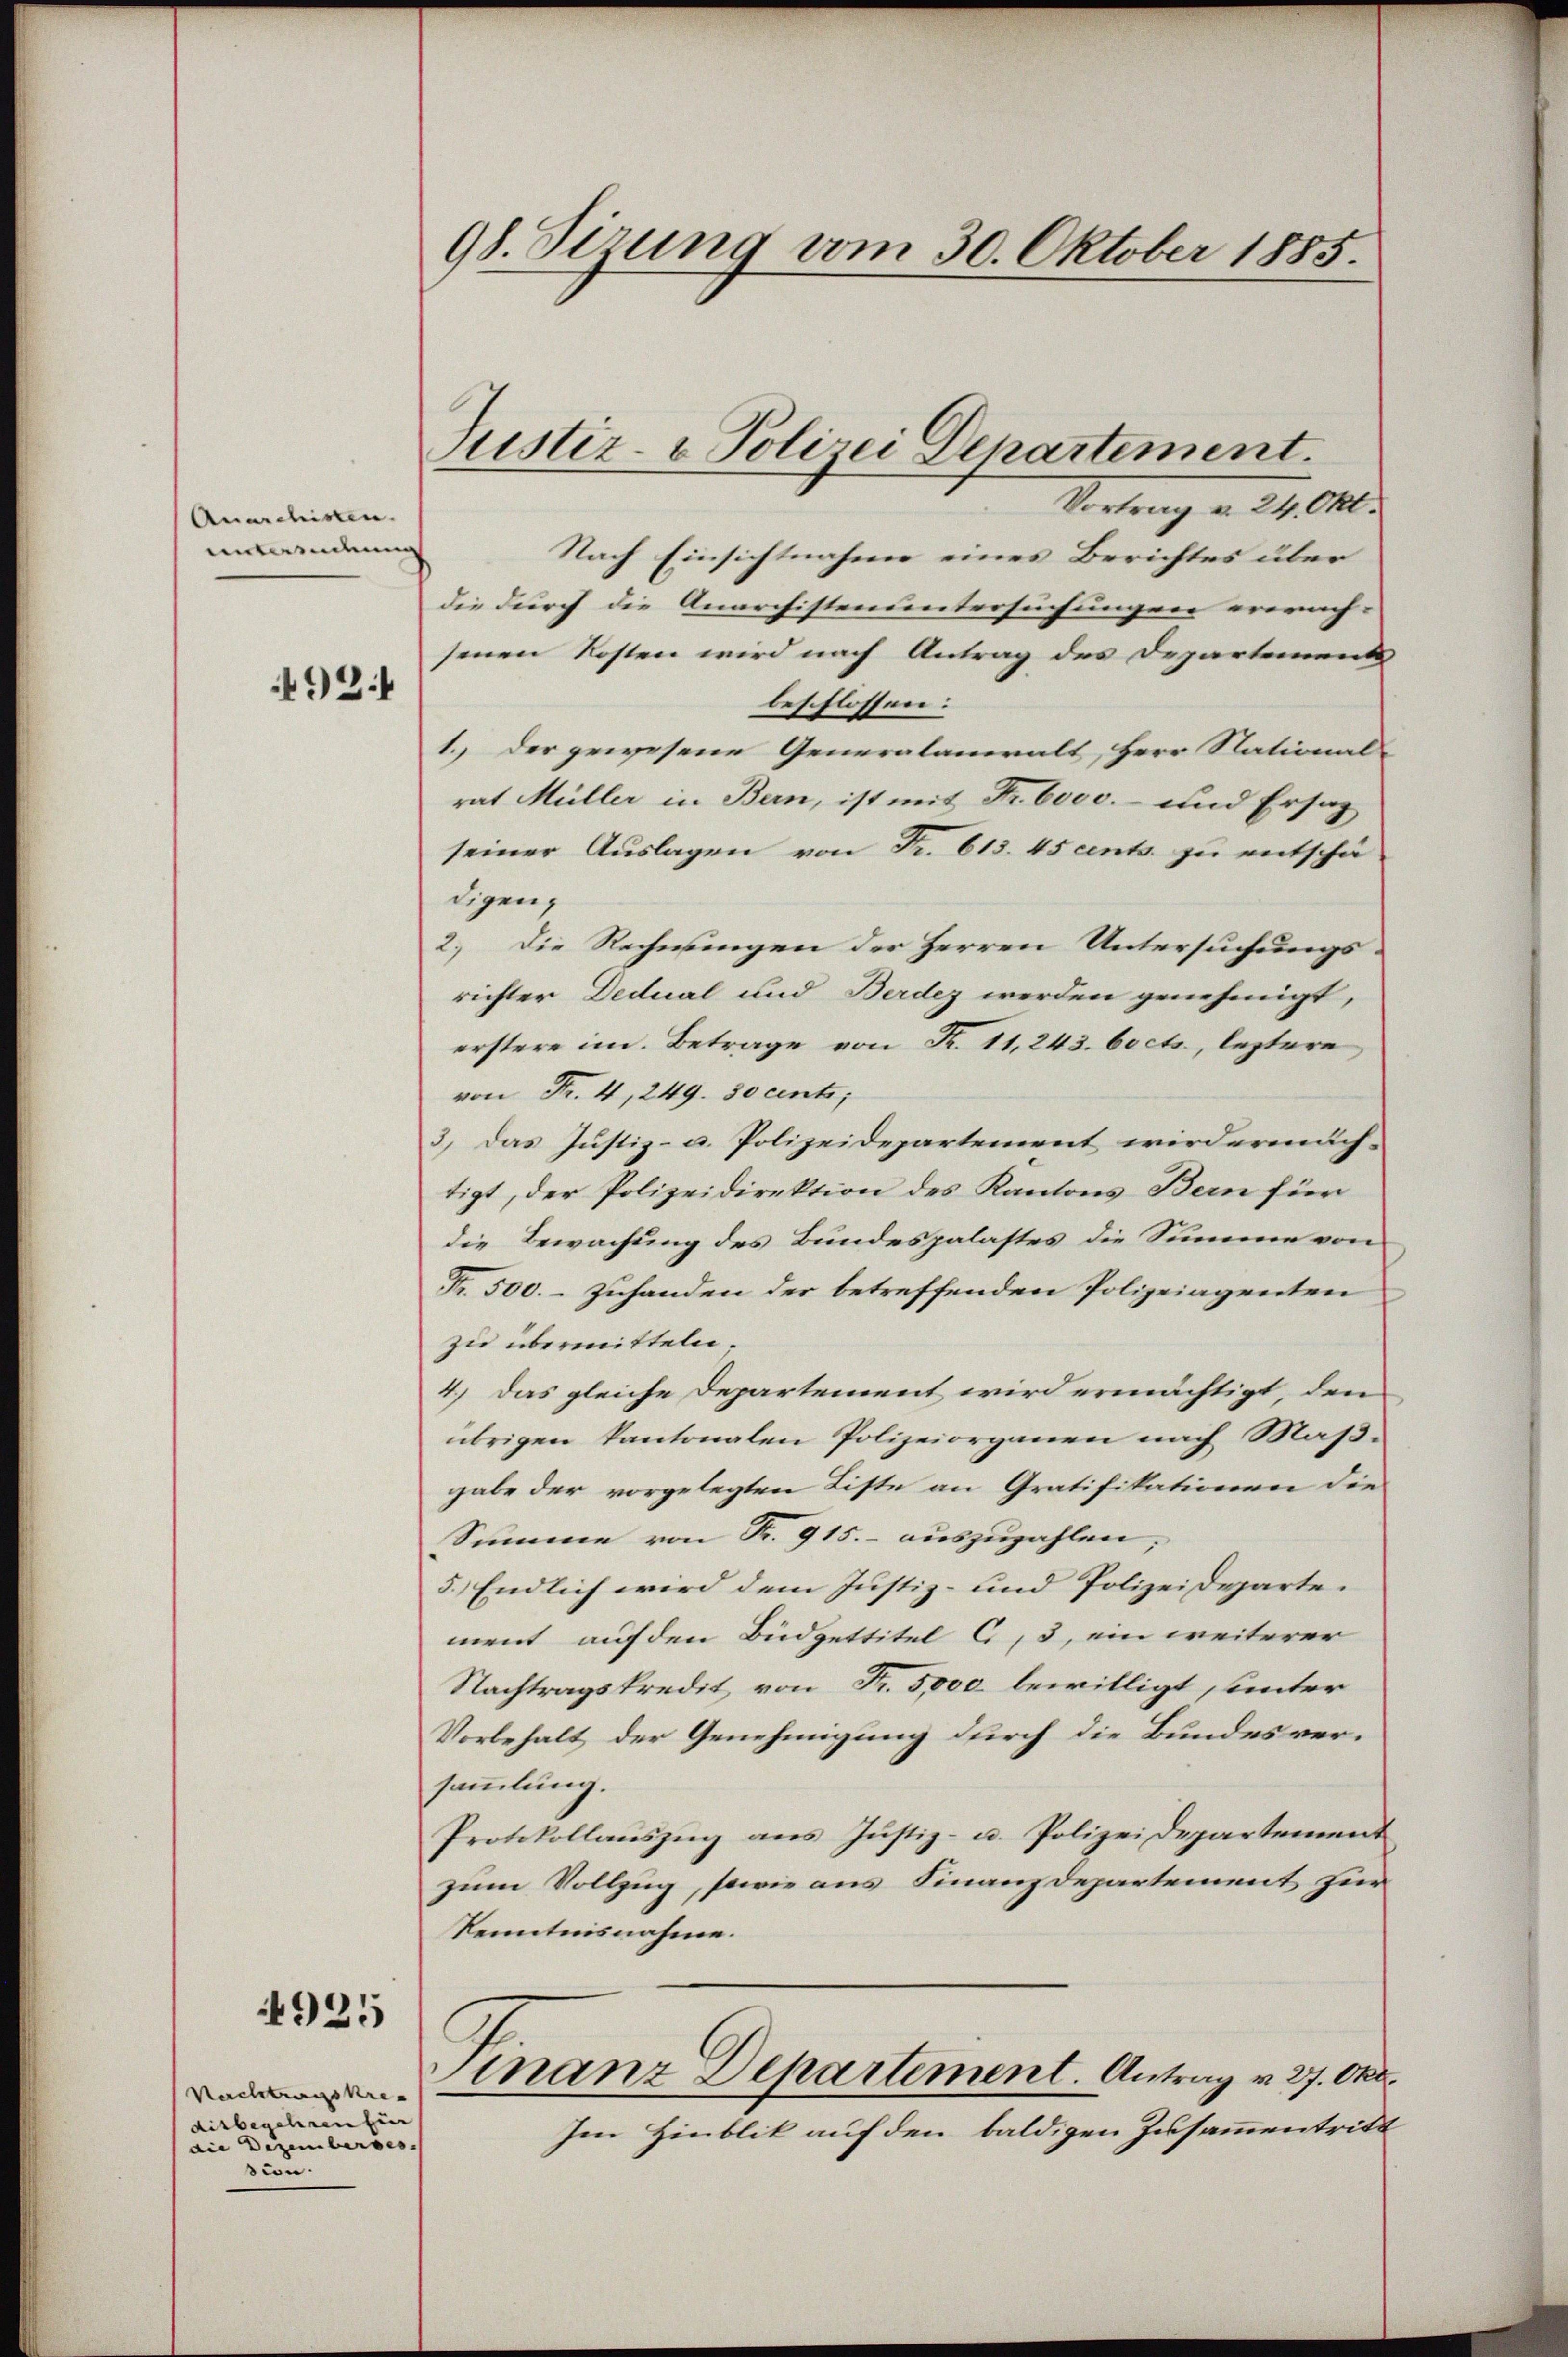
Anarchisten.
unterrectum

492

925

Nachtragskre
ditbeschreifer
die Dezemberses.
sion.

98. Sizung vom 30. Oktober 1885.

Justiz- & Polizei Departement.

Vortrag v. 24. d.
Nach Einsichtnahme eines Berichtes über
die durch die Anarchistenuntersuchungen erwach- |
senen Kosten wird nach Antrag des Departements
beschlossen:
1.) Der gewesene Generalanwalt, Herr National-
rat Müller in Bern, ist mit Fr. 6000.- und Ersatz
seiner Auslagen von Fr. 615. 45 cents. zu entschä-
digen,
2. Die Rechnungen der Herren Untersuchungsrichter Dedual und Berdez werden genehmigt,
erstere im Betrage von K. 11,243. bocts, leztere
von Fr. 4, 249. so centi,
3) Das Justiz- u. Polizeidepartement wiedermäch-
tigt, der Polizeidirektion des Kantons Bern für
die Bewachung des Bundespalastes die Summe von
Fr. 500.- zuhanden der betreffenden Polizeiagenten
zu übermitteln.
4.) Das gleiche Departement wird ermächtigt, den
übrigen kantonalen Polizeiorganen nach Maßgabe der vorgelegten Liste an Gratifikationen die
Summe von Fr. 915.- auszuzahlen; |
5.) Endlich wird dem Justiz- und Polizeideparte.
ment auf den Büdgettitel C, 3, ein weiterer
Nachtragskredit von Fr. 5,000 bewilligt, unter
Vorbehalt der Genehmigung durch die Bundesversammlung.
Protokollauszug aus Justiz- u. Polizei Departement
zum Vollzug, sowie aus Finanzdepartement zur
Kenntnisnahme.
inanz Departement. Antrag v. 27. Okt.
Im Hinblik auf den baldigen Zusammentritt